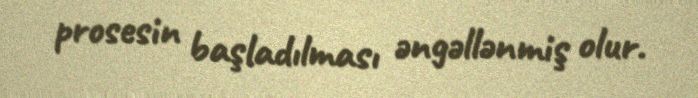
prosesin başladılması əngəllənmiş olur.